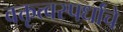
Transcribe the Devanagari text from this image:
वक्तृत्वस्पर्धांचे